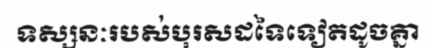
ទស្សនៈរបស់បុរសដទៃទៀតដូចគ្នា